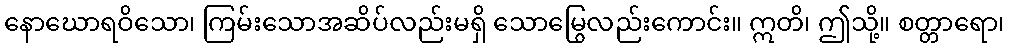
နောဃောရဝိသော၊ ကြမ်းသောအဆိပ်လည်းမရှိ သောမြွေလည်းကောင်း။ ဣတိ၊ ဤသို့။ စတ္တာရော၊